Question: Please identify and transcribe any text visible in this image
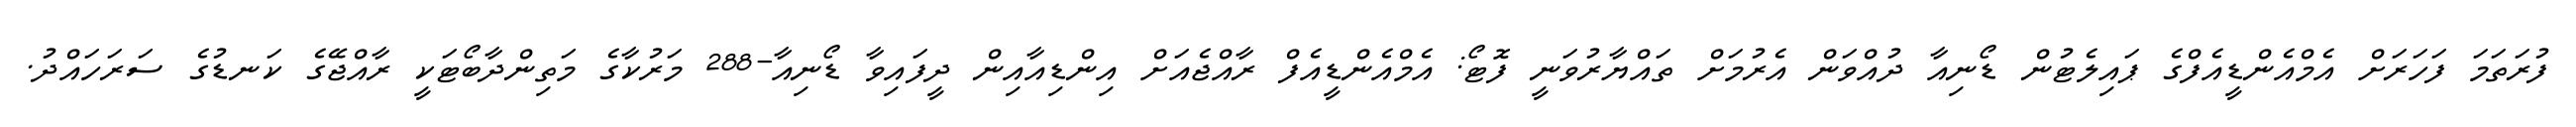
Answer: ފުރަތަމަ ފަހަރަށް އެމްއެންޑީއެފްގެ ޕައިލެޓުން ޑޯނިއާ ދުއްވަން އެރުމަށް ތައްޔާރުވަނީ ފޮޓޯ: އެމްއެންޑީއެފް ރާއްޖެއަށް އިންޑިއާއިން ދީފައިވާ ޑޯނިއާ-288 މަރުކާގެ މަތިންދާބޯޓަކީ ރާއްޖޭގެ ކަނޑުގެ ސަރަހައްދު.